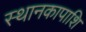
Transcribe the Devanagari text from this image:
स्थानकापाशि